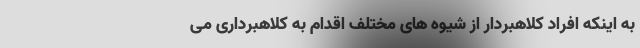
به اینکه افراد کلاهبردار از شیوه های مختلف اقدام به کلاهبرداری می